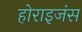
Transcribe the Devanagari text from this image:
होराइजंस